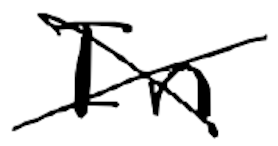
Text: In
Cross-out: cross
Writing tool: digital_black